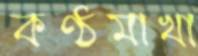
কণ্ঠমাখা